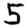
Digit: 5